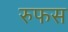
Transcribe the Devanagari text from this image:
रुफस